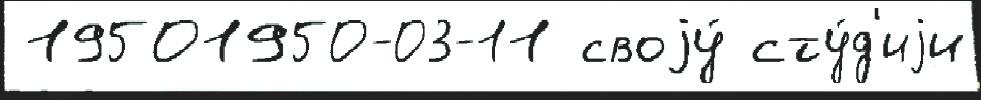
 19501950-03-11 своjу́ сту́д'иjи